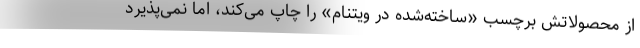
از محصولاتش برچسب «ساخته‌شده در ویتنام» را چاپ می‌کند، اما نمی‌پذیرد